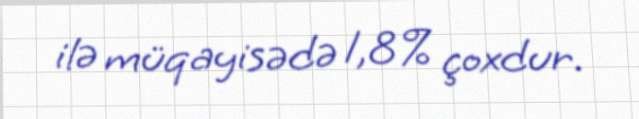
ilə müqayisədə 1,8% çoxdur.